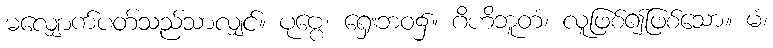
မလျှောက်ပတ်သည်သာလျှင်။ ပုဗ္ဗေ၊ ရှေးဘဝ၌။ ဂိဟိဘူတံ၊ လူဖြစ်၍ဖြစ်သော။ မံ၊